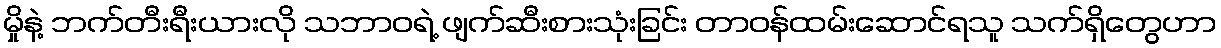
မှိုနဲ့ ဘက်တီးရီးယားလို သဘာဝရဲ့ ဖျက်ဆီးစားသုံးခြင်း တာဝန်ထမ်းဆောင်ရသူ သက်ရှိတွေဟာ